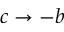
c \to - b